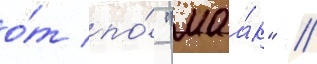
о́т по́ "маа́к" //